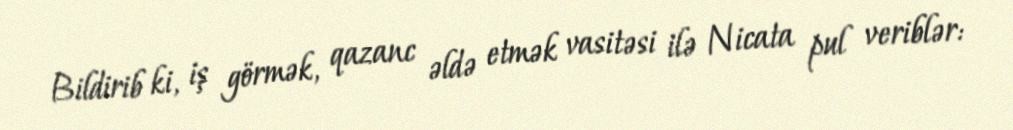
Bildirib ki, iş görmək, qazanc əldə etmək vasitəsi ilə Nicata pul veriblər: